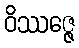
ဝိဿဇ္ဇေ